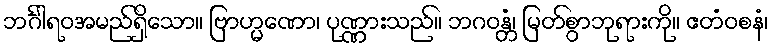
ဘင်္ဂါရဝအမည်ရှိသော။ ဗြာဟ္မဏော၊ ပုဏ္ဏားသည်။ ဘဂဝန္တံ၊ မြတ်စွာဘုရားကို။ ဧတံဝစနံ၊